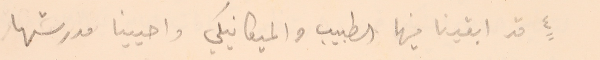
٤ قد ابقينا فيها الطبيب والميكانيكي واحيينا مدرستها